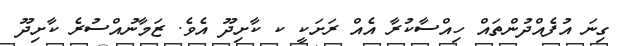
ގިނަ އުފެއްދުންތައް ހިއްސާކުރާ އެއް ރަށަކީ ކ ކާށިދޫ އެވެ. ޒަމާނުއްސުރެ ކާށިދޫ